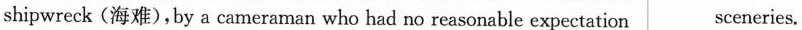
shipwreck (海难),by a cameraman who had no reasonable expectation sceneries.